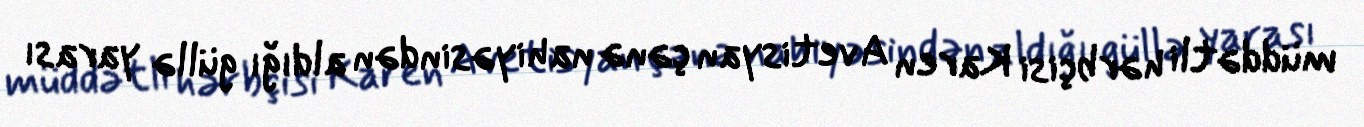
müddətli hərbçisi Karen Avetisyan çənə nahiyəsindən aldığı güllə yarası